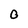
Character: 0